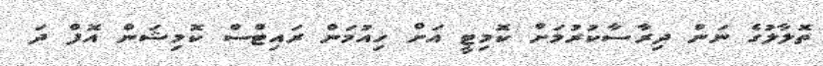
ތޮލާލުގެ ނަން ދިރާސާކުރުމަށް ކޮމިޓީ އަށް ހިއުމަން ރައިޓްސް ކޮމިޝަން އޮފް ދަ